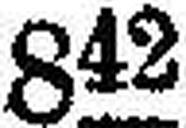
g42